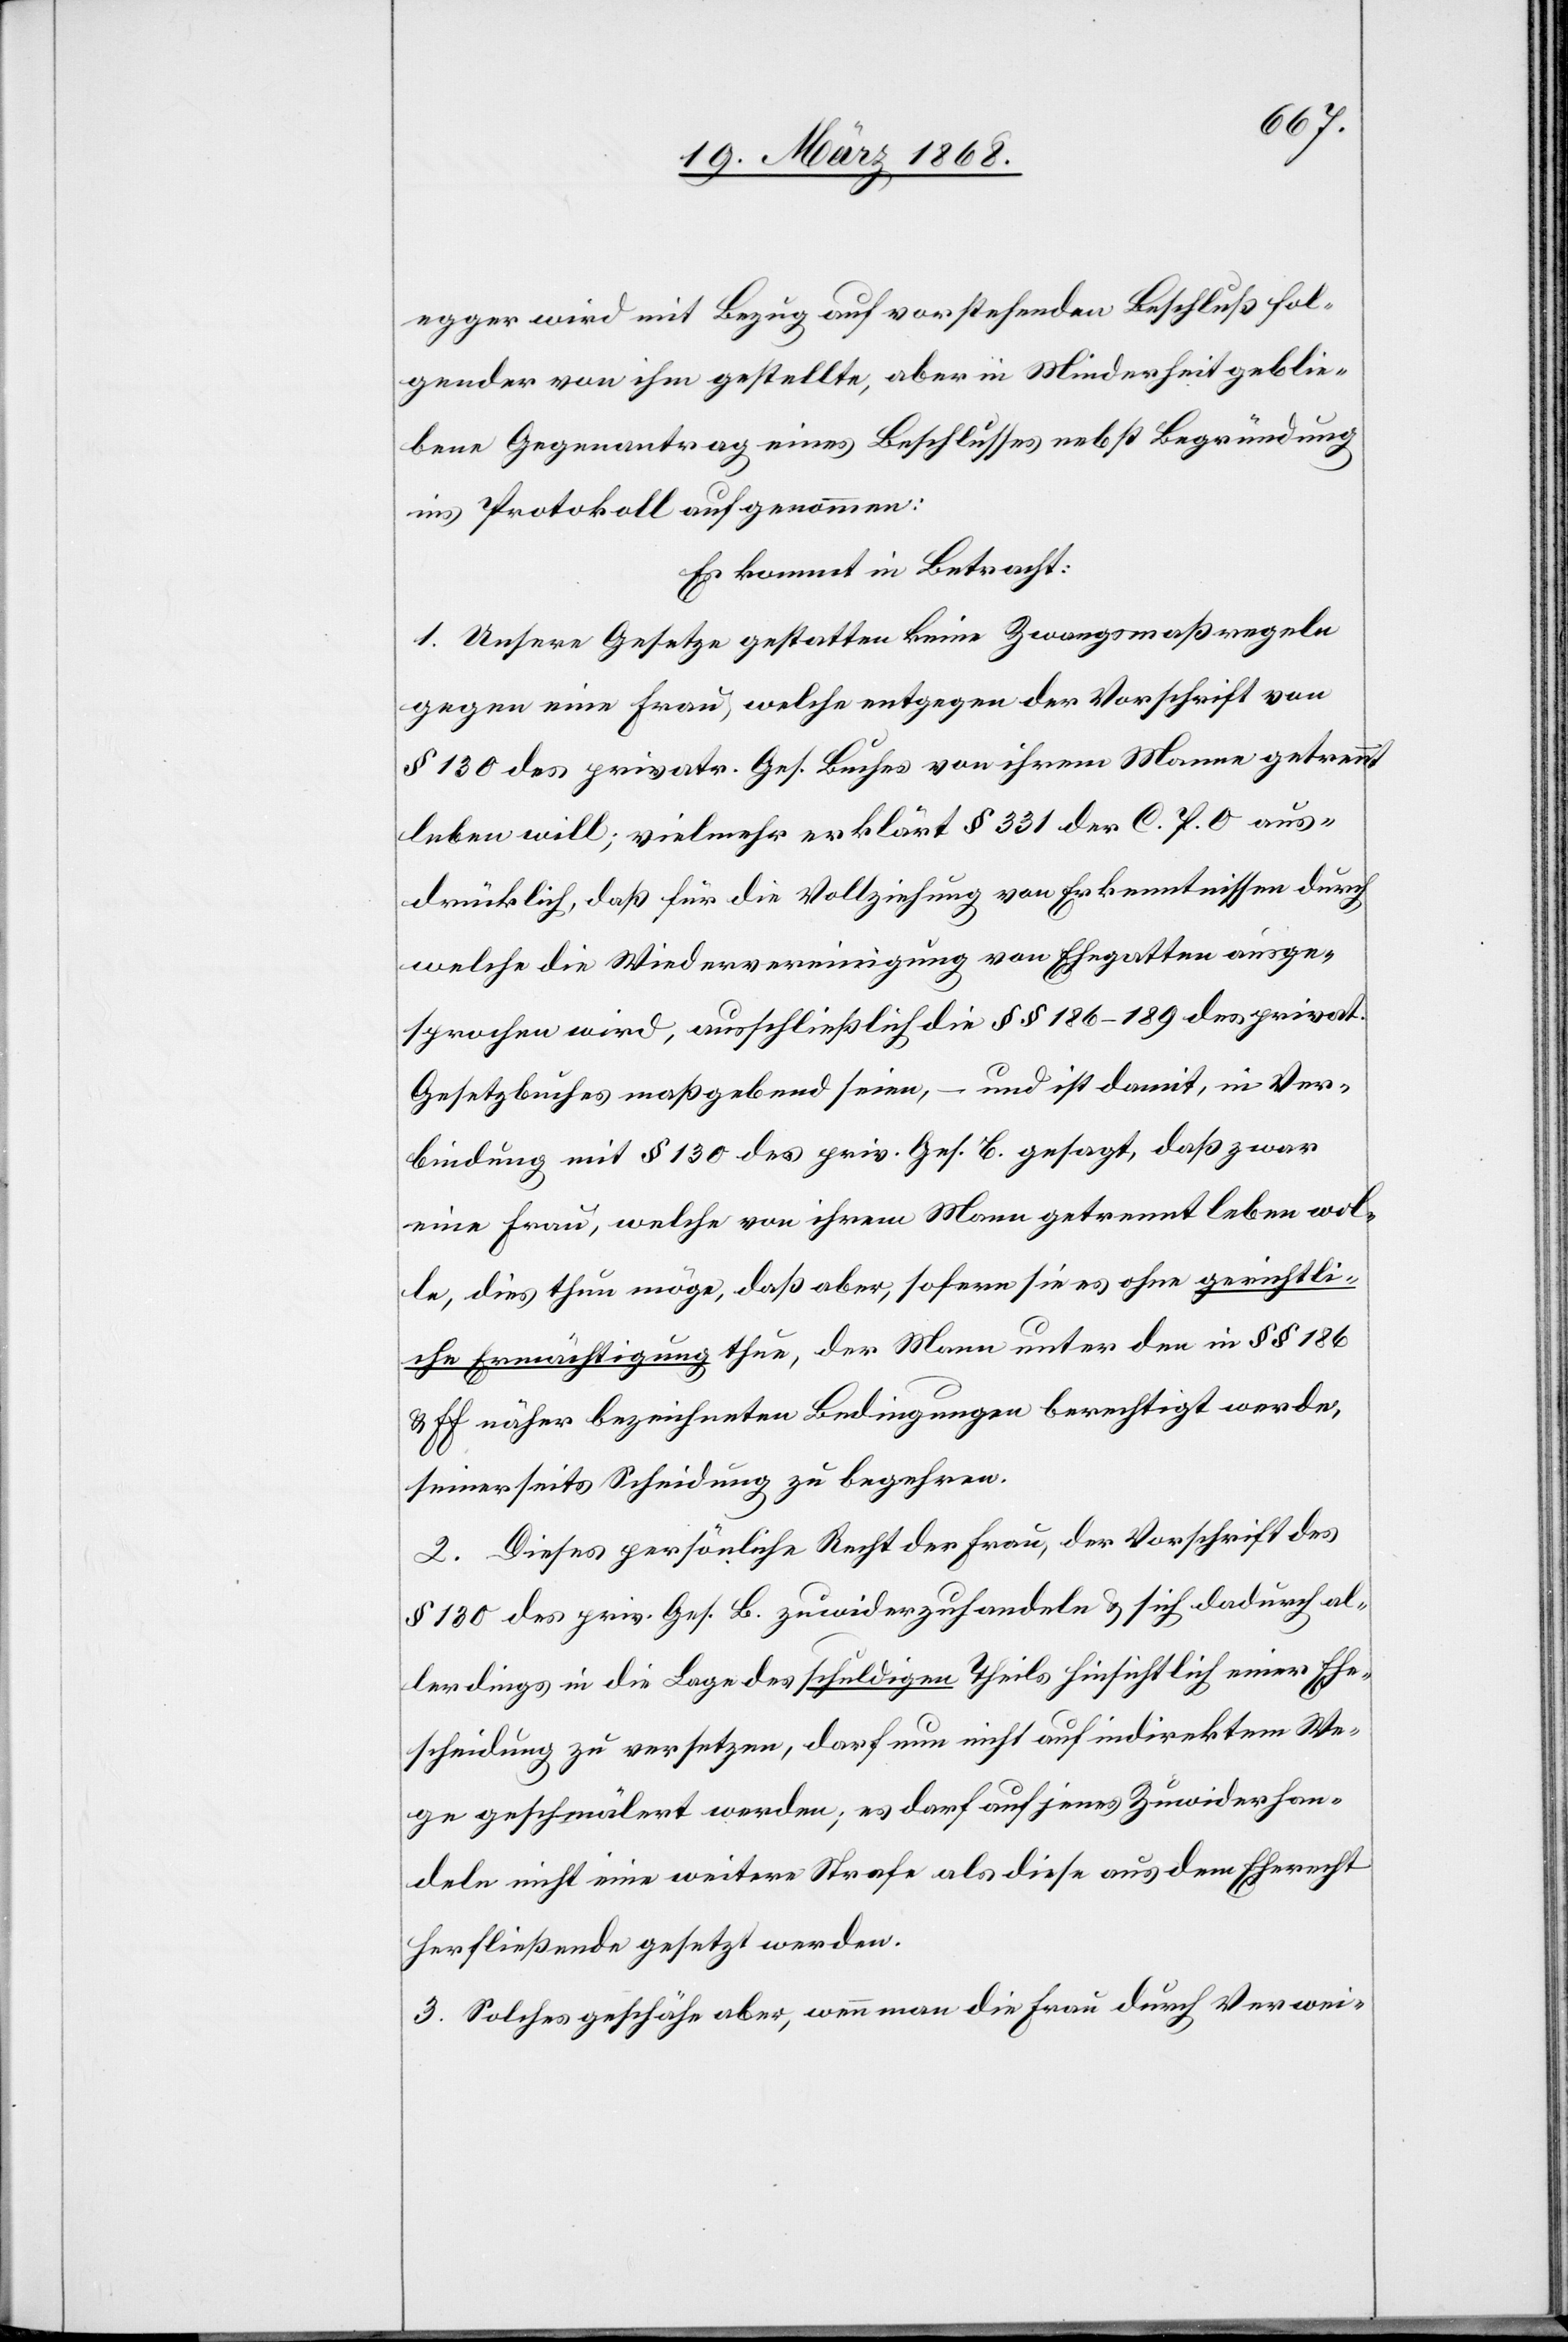
egger wird mit Bezug auf vorstehenden Beschluß fol¬
gender von ihm gestellte, aber in Minderheit geblie¬
bene Gegenantrag eines Beschlusses nebst Begründung
ins Protokoll aufgenommen:
Es kommt in Betracht:
1. Unsere Gesetze gestatten keine Zwangsmaßregeln
gegen eine Frau, welche entgegen der Vorschrift von
§ 130 des privatr. Ges. Buches von ihrem Manne getrennt
leben will; vielmehr erklärt § 331 der C. P. O. aus¬
drücklich, daß für die Vollziehung von Erkenntnissen durch
welche die Wiedervereinigung von Ehegatten ausge¬
sprochen wird, ausschließich die §§ 186–189 des privat.
Gesetzbuches maßgebend seien, – und ist damit, in Ver¬
bindung mit § 130 des priv. Ges. B. gesagt, daß zwar
eine Frau, welche von ihrem Mann getrennt leben wol¬
le, dies thun möge, daß aber, sofern sie es ohne gerichtli¬
che Ermächtigung thue, der Mann unter den in §§ 186
& ff näher bezeichneten Bedingungen berechtigt werde,
seinerseits Scheidung zu begehren.
2. Dieses persönliche Recht der Frau, der Vorschrift des
§ 130 des priv. Ges. B. zuwiderzuhandeln & sich dadurch al¬
lerdings in die Lage des schuldigen Theils hinsichtlich einer Ehe¬
scheidung zu versetzen, darf nun nicht auf indirektem We¬
ge geschmälert werden; es darf auf jenes Zuwiderhan¬
deln nicht eine weitere Strafe als diese aus dem Eherecht
herfließende gesetzt werden.
3. Solches geschähe aber, wenn man die Frau durch Verwei-